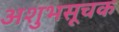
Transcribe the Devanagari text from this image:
अशुभसूचक